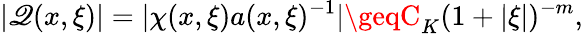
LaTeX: |\mathscr{Q}(x,\xi)|=|\chi(x,\xi)a(x,\xi)^{-1}|\geqC_{K}(1+|\xi|)^{-m},